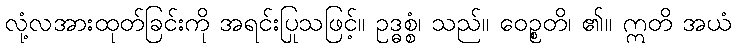
လုံ့လအားထုတ်ခြင်းကို အရင်းပြုသဖြင့်။ ဥဒ္ဓစ္စံ၊ သည်။ ဝေဉ္စတိ၊ ၏။ ဣတိ အယံ